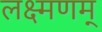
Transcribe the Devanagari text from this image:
लक्ष्मणम्